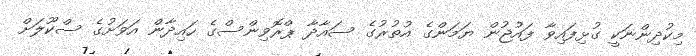
މިކުދިންނަކީ ގުޅިފައިވާ ފައުޖުން ޔަމަންގެ އުތުރުގެ ސައާދާ ޕްރޮވިންސްގެ ހައިދާން އަވަށުގެ ސްކޫލަށް